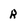
Character: R